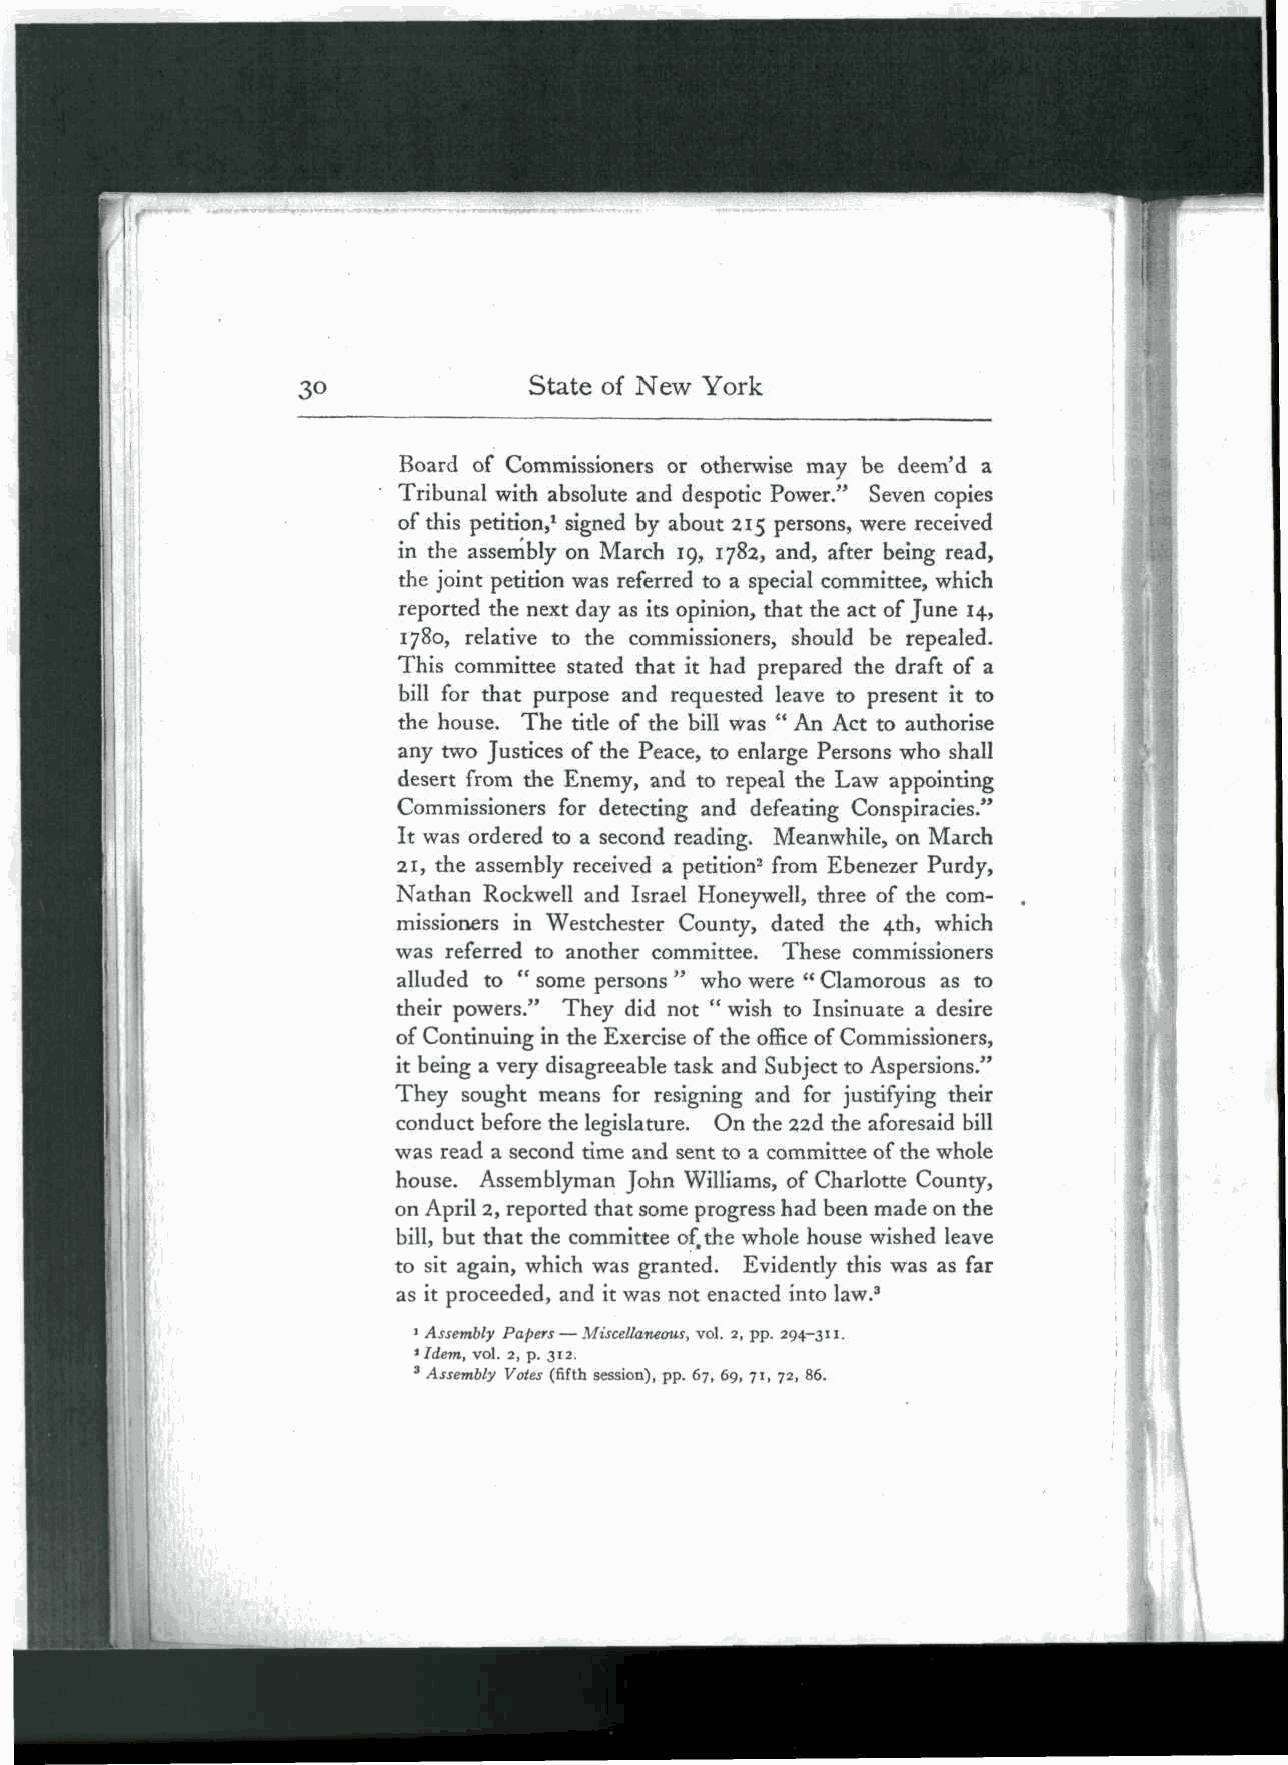
State of New York
 Board of Commissioners or otherwise may be deem'd a
 Tribunal with absolute and despotic Power." Seven copies
 of this petition,1 signed by about 215 persons, were received
 in the assembly on March 19, 1782, and, after being read,
 the joint petition was referred to a special committee, which
 reported the next day as its opinion, that the act of June 14,
 1780, relative to the commissioners, should be repealed.
 This committee stated that it had prepared the draft of a
 bill for that purpose and requested leave to present it to
 the house. The title of the bill was " An Act to authorise
 any two Justices of the Peace, to enlarge Persons who shall
 desert from the Enemy, and to repeal the Law appointing
 Commissioners for detecting and defeating Conspiracies."
 It was ordered to a second reading. Meanwhile, on March
 21, the assembly received a petition2 from Ebenezer Purdy,
 Nathan Rockwell and Israel Honeywell, three of the com-
 missioners in Westchester County, dated the 4th, which
 was referred to another committee. These commissioners
 alluded to " some persons " who were " Clamorous as to
 their powers." They did not " wish to Insinuate a desire
 of Continuing in the Exercise of the office of Commissioners,
 it being a very disagreeable task and Subject to Aspersions."
 They sought means for resigning and for justifying their
 conduct before the legislature. On the 22d the aforesaid bill
 was read a second time and sent to a committee of the whole
 house. Assemblyman John Williams, of Charlotte County,
 on April 2, reported that some progress had been made on the
 bill, but that the committee of,the whole house wished leave
 to sit again, which was granted. Evidently this was as far
 as it proceeded, and it was not enacted into law.3
 ' Assembly Papers — Miscellaneous, vol. 2, pp. 294-311.
 1 Idem, vol. 2, p. 312.
 3 Assembly Votes (fifth session), pp. 67, 69, 71, 72, 86.